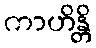
ကာဟိန္တိ